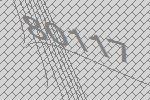
80117